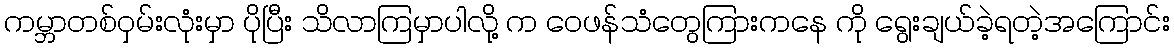
ကမ္ဘာတစ်ဝှမ်းလုံးမှာ ပိုပြီး သိလာကြမှာပါလို့ က ဝေဖန်သံတွေကြားကနေ ကို ရွေးချယ်ခဲ့ရတဲ့အကြောင်း